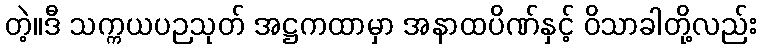
တဲ့။ဒီ သက္ကယပဉသုတ် အဋ္ဌကထာမှာ အနာထပိဏ်နှင့် ဝိသာခါတို့လည်း